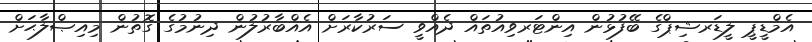
އެމްޑީޕީ ލީޑަރޝިޕްގެ ބޭފުޅުން އިންޓަރވިއުތައް ދެއްވީ ސަރުކާރަށް އެއްބާރުލުން ދިނުމުގެ ގޮތުން މިއިޞްލާޙަށް